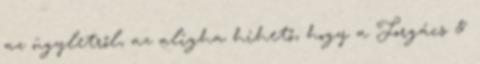
az ügyletről, az aligha hihető, hogy a Forgács &